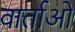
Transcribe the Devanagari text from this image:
वार्ताओ